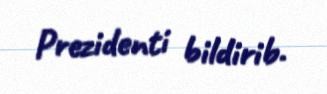
Prezidenti bildirib.